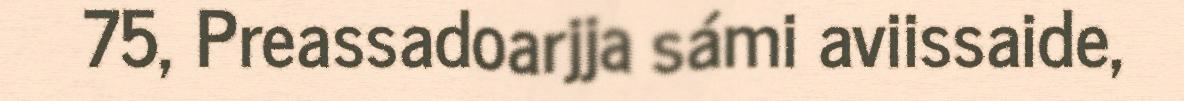
75, Preassadoarjja sámi aviissaide,